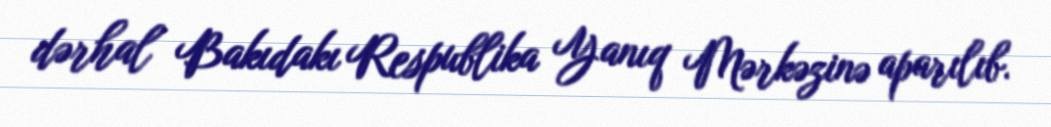
dərhal Bakıdakı Respublika Yanıq Mərkəzinə aparılıb.